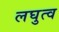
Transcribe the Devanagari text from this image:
लघुत्व